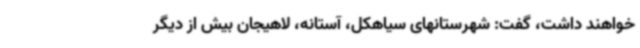
خواهند داشت، گفت: شهرستانهای سیاهکل، آستانه، لاهیجان بیش از دیگر